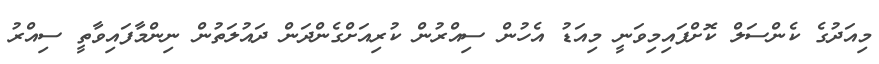
މިއަދުގެ ކެންސަލް ކޮށްފައިމިވަނީ މިިއަޑު އެހުން ސިއްރުން ކުރިއަށްގެންދަން ދައުލަތުން ނިންމާފައިވާތީ ސިއްރު